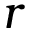
r